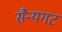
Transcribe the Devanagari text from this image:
सैन्यगट